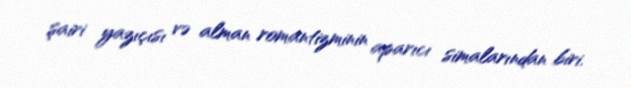
şairi yazıçısı və alman romantizminin aparıcı simalarından biri.